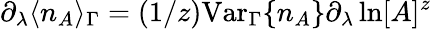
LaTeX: \partial_{\lambda}\langle n_{A}\rangle_{\Gamma}=(1/z)\mathrm{Var}_{\Gamma}\{ n_{A}\} \partial_{\lambda}\ln[A]^{z}